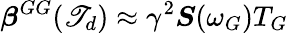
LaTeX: \boldsymbol{\beta}^{GG}(\mathscr{T}_{d})\approx\gamma^{2}\boldsymbol{S}(\omega_{G})T_{G}